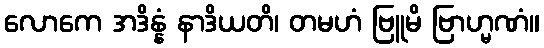
လောကေ အဒိန္နံ နာဒိယတိ၊ တမဟံ ဗြူမိ ဗြာဟ္မဏံ။